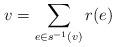
LaTeX: \begin{align*}v=\sum_{e\in s^{-1}(v)}r(e)\end{align*}